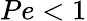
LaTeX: Pe<1